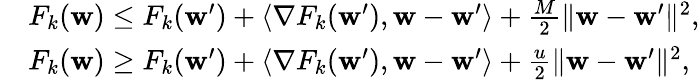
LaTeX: \begin{array}{rl}&{F_{k}(\mathbf{w})\leq F_{k}(\mathbf{w}^{\prime})+\langle\nabla F_{k}(\mathbf{w}^{\prime}),\mathbf{w}-\mathbf{w}^{\prime}\rangle+\frac{M}{2}\| \mathbf{w}-\mathbf{w}^{\prime}\| ^{2},}\\ &{F_{k}(\mathbf{w})\geq F_{k}(\mathbf{w}^{\prime})+\langle\nabla F_{k}(\mathbf{w}^{\prime}),\mathbf{w}-\mathbf{w}^{\prime}\rangle+\frac{u}{2}\| \mathbf{w}-\mathbf{w}^{\prime}\| ^{2},}\end{array}